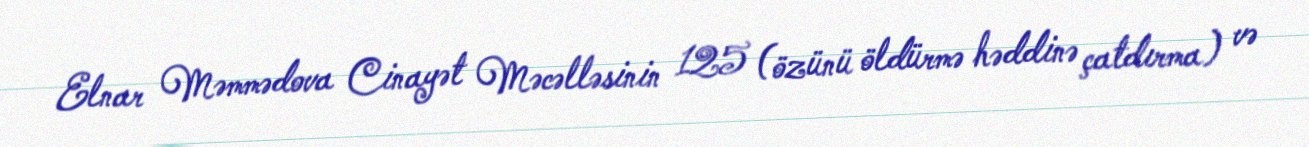
Elnar Məmmədova Cinayət Məcəlləsinin 125 (özünü öldürmə həddinə çatdırma) və